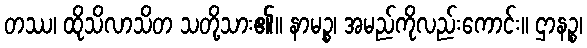
တဿ၊ ထိုသိလာသိတ သတို့သား၏။ နာမဉ္စ၊ အမည်ကိုလည်းကောင်း။ ဌာနဉ္စ၊